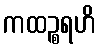
ကထဉ္စရဟိ